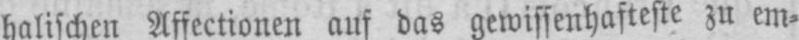
halischen Affectionen auf das gewissenhafteste zu em⸗